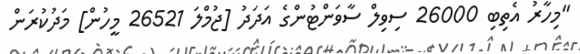
"މިހާރު އެތިބި 26000 ސިވިލް ސާވަންޓުންގެ އަދަދު [ޖުމްލަ 26521 މީހުން] މަދުކުރަން